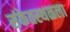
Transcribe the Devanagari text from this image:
संकेतस्थळला